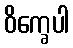
ဝိက္ခေပါ